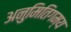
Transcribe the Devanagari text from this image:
अनुमितिगम्य